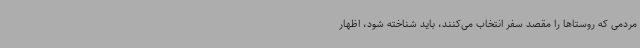
مردمی که روستاها را مقصد سفر انتخاب می‌کنند، باید شناخته شود، اظهار